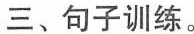
三、句子训练。